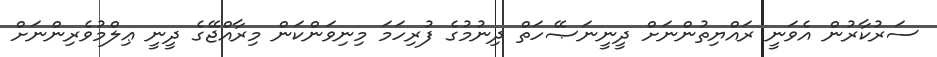
ސަރުކާރުން އެވަނީ ރައްޔިތުންނަށް ދީނީނަޞޭހަތް ދިނުމުގެ ފުރިހަމަ މިނިވަންކަން މިރާއްޖޭގެ ދީނީ ޢިލްމުވެރިންނަށް